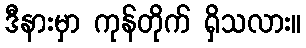
ဒီနားမှာ ကုန်တိုက် ရှိသလား။